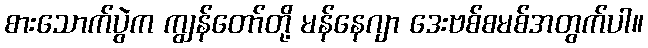
စားသောက်ပွဲက ကျွန်တော်တို့ မန်နေဂျာ ဒေးဗစ်စမစ်အတွက်ပါ။